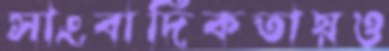
সাংবাদিকতায়ও